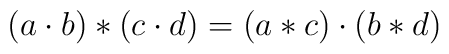
\left( a\cdot b\right) *\left( c\cdot d\right) =\left( a*c\right) \cdot\left( b*d\right)